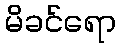
မိခင်ရော